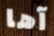
آها